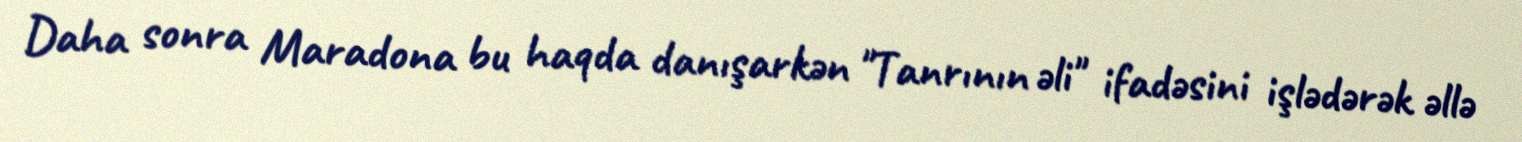
Daha sonra Maradona bu haqda danışarkən "Tanrının əli" ifadəsini işlədərək əllə